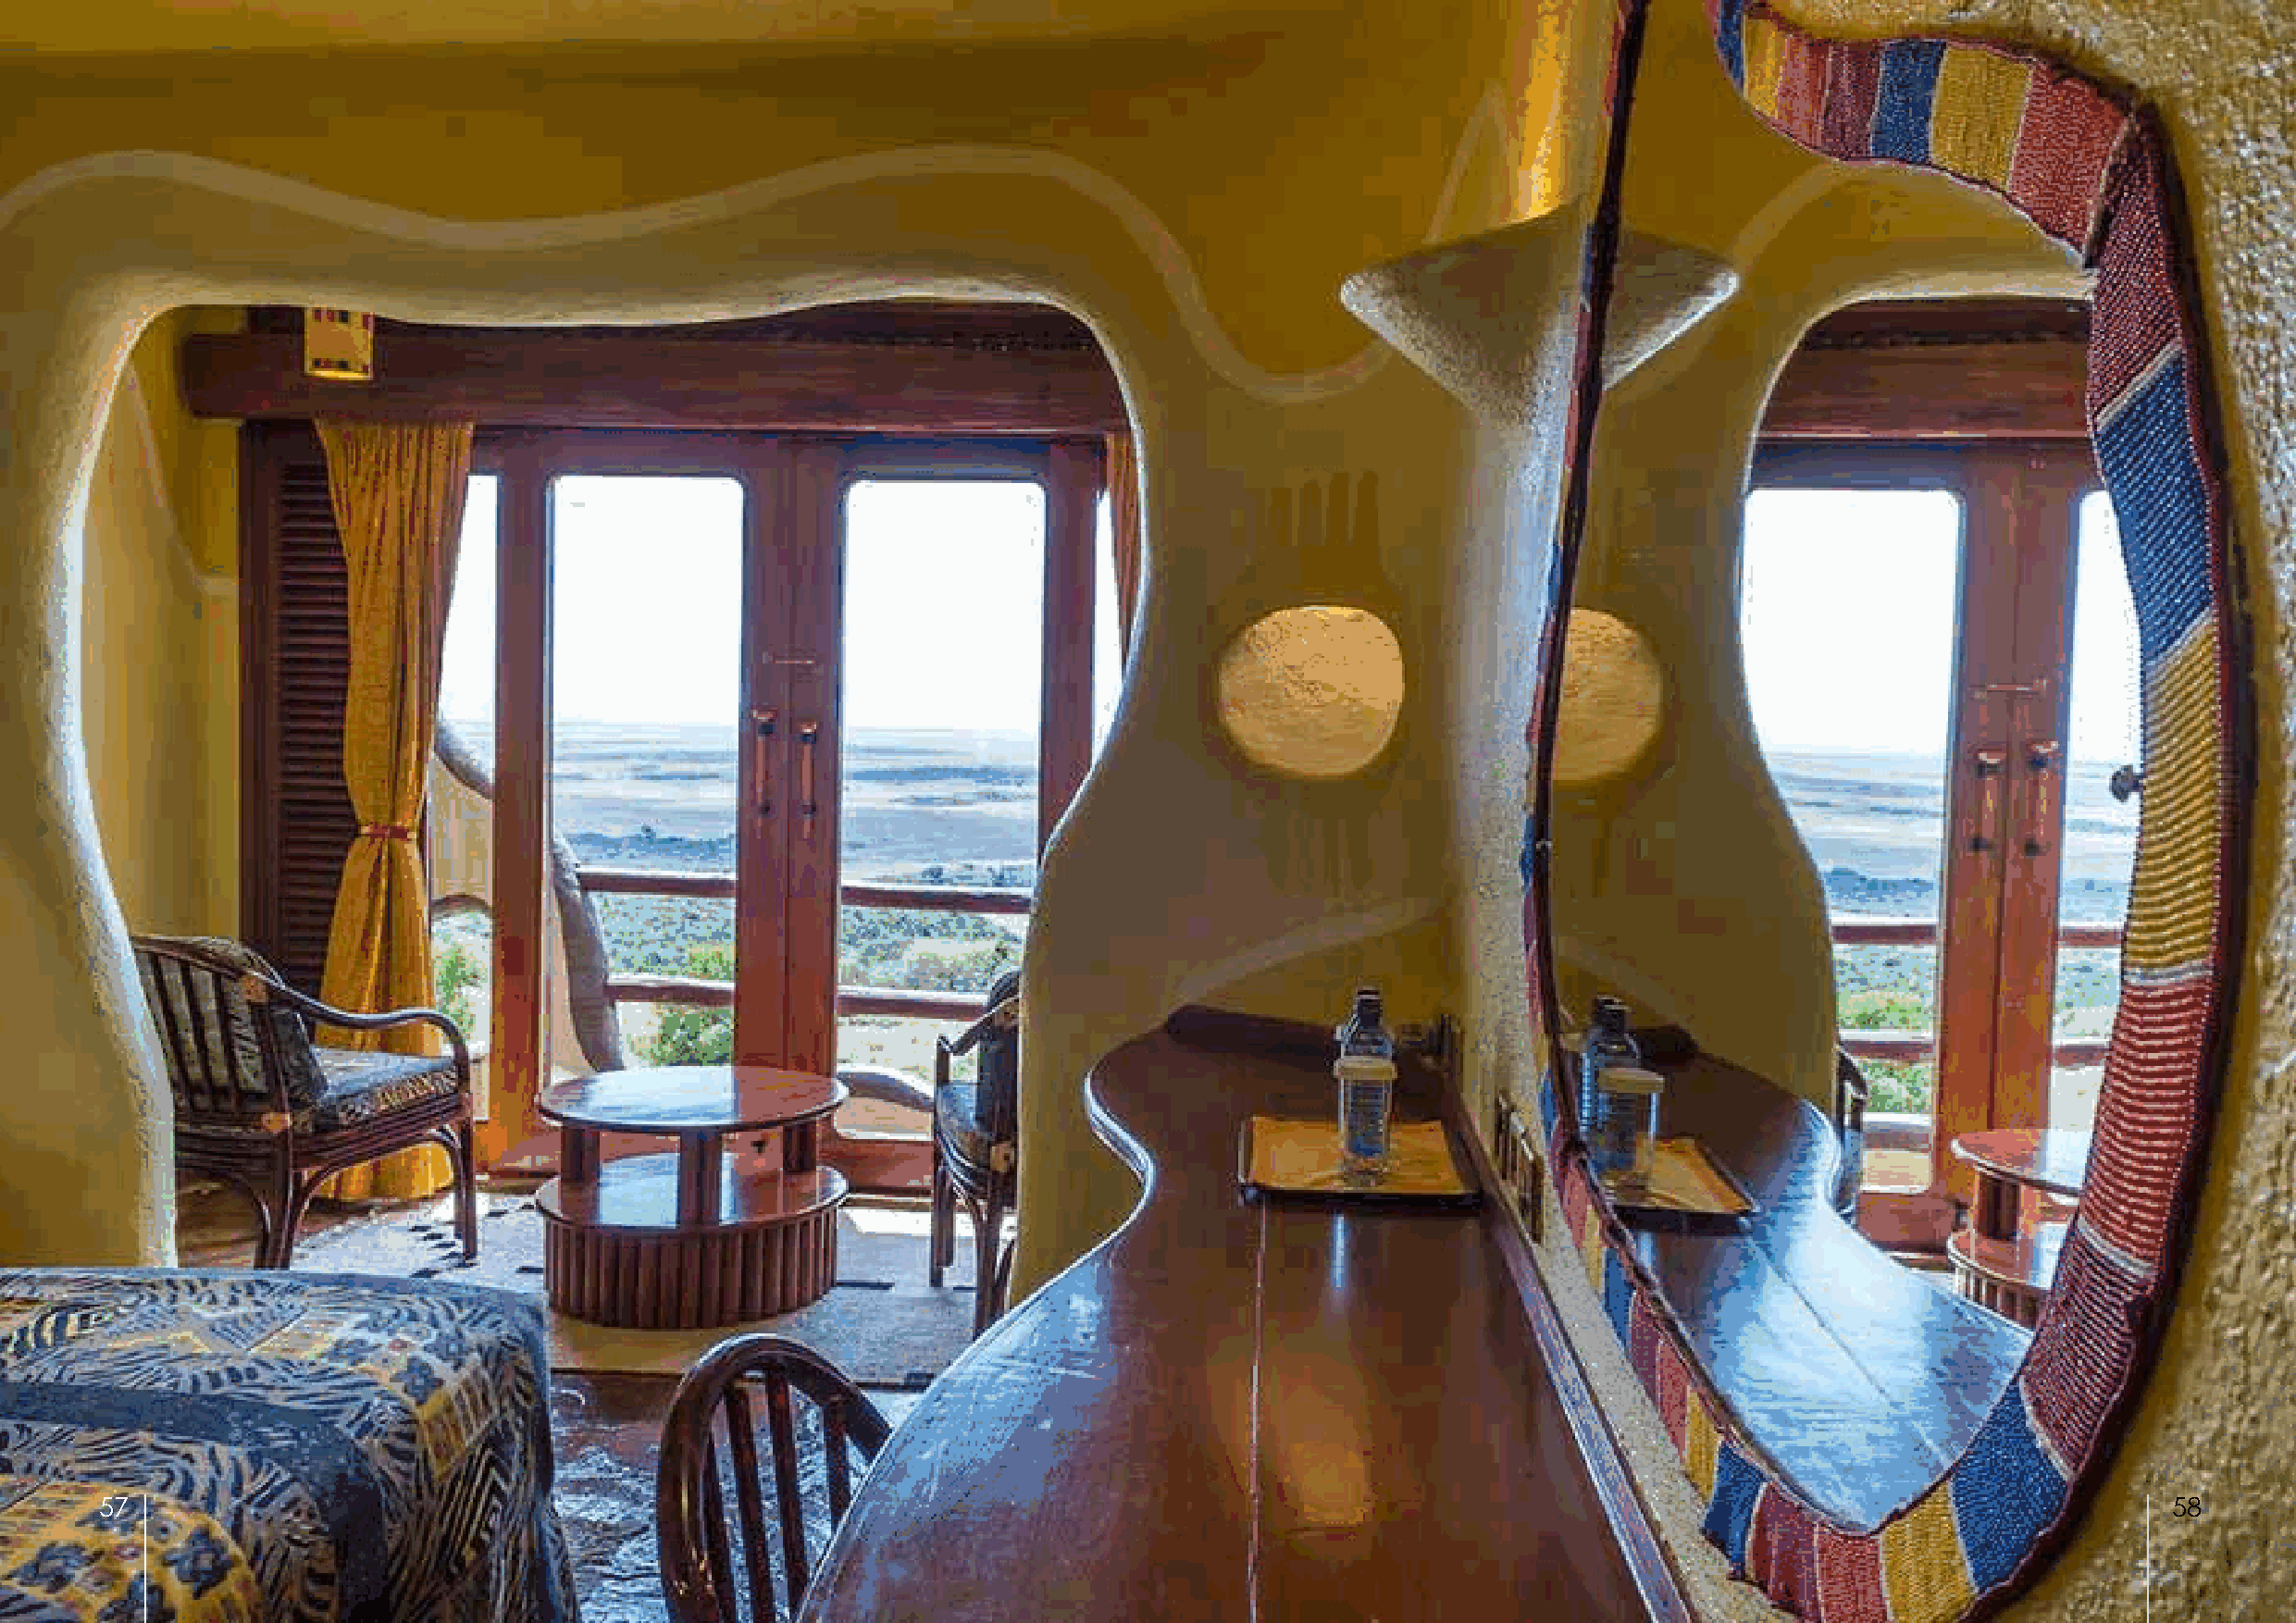
57                                                                                                                                                  58